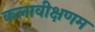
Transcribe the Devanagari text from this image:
कलावीक्षणम